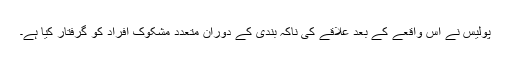
پولیس نے اِس واقعے کے بعد علاقے کی ناکہ بندی کے دوران متعدد مشکوک افراد کو گرفتار کیا ہے۔